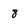
Character: 8